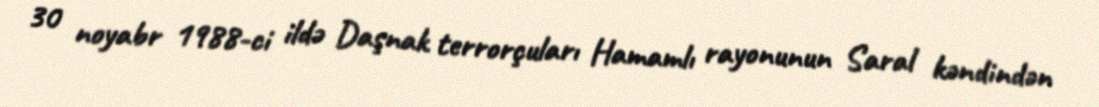
30 noyabr 1988-ci ildə Daşnak terrorçuları Hamamlı rayonunun Saral kəndindən